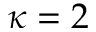
\kappa = 2